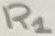
Text: R1